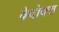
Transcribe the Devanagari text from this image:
वेदोक्‍त